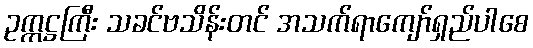
ဥက္ကဋ္ဌကြီး သခင်ဗသိန်းတင် အသက်ရာကျော်ရှည်ပါစေ